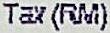
TAX (RM)